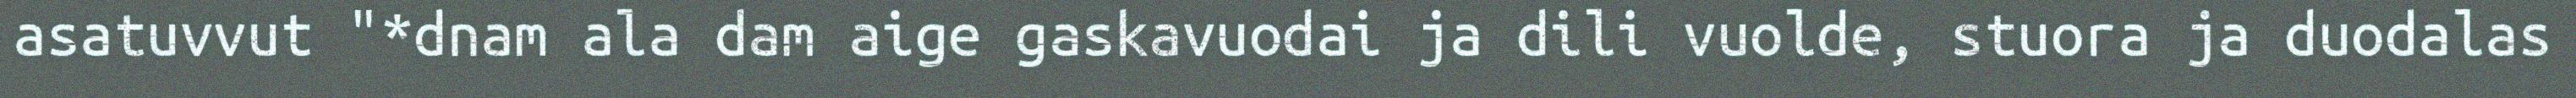
asatuvvut "*dnam ala dam aige gaskavuodai ja dili vuolde, stuora ja duodalas